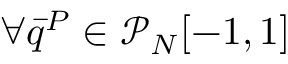
\forall \bar { q } ^ { P } \in \mathcal { P } _ { N } [ - 1 , 1 ]